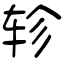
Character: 轸